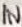
Text: IN